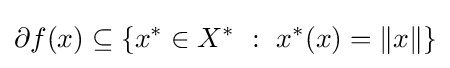
\partial f(x)\subseteq \left\{x^{*}\in X^{*}~:~x^{*}(x)=\|x\|\right\}